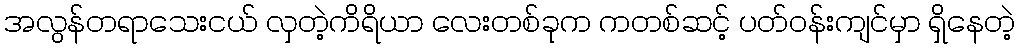
အလွန်တရာသေးငယ် လှတဲ့ကိရိယာ လေးတစ်ခုက ကတစ်ဆင့် ပတ်ဝန်းကျင်မှာ ရှိနေတဲ့